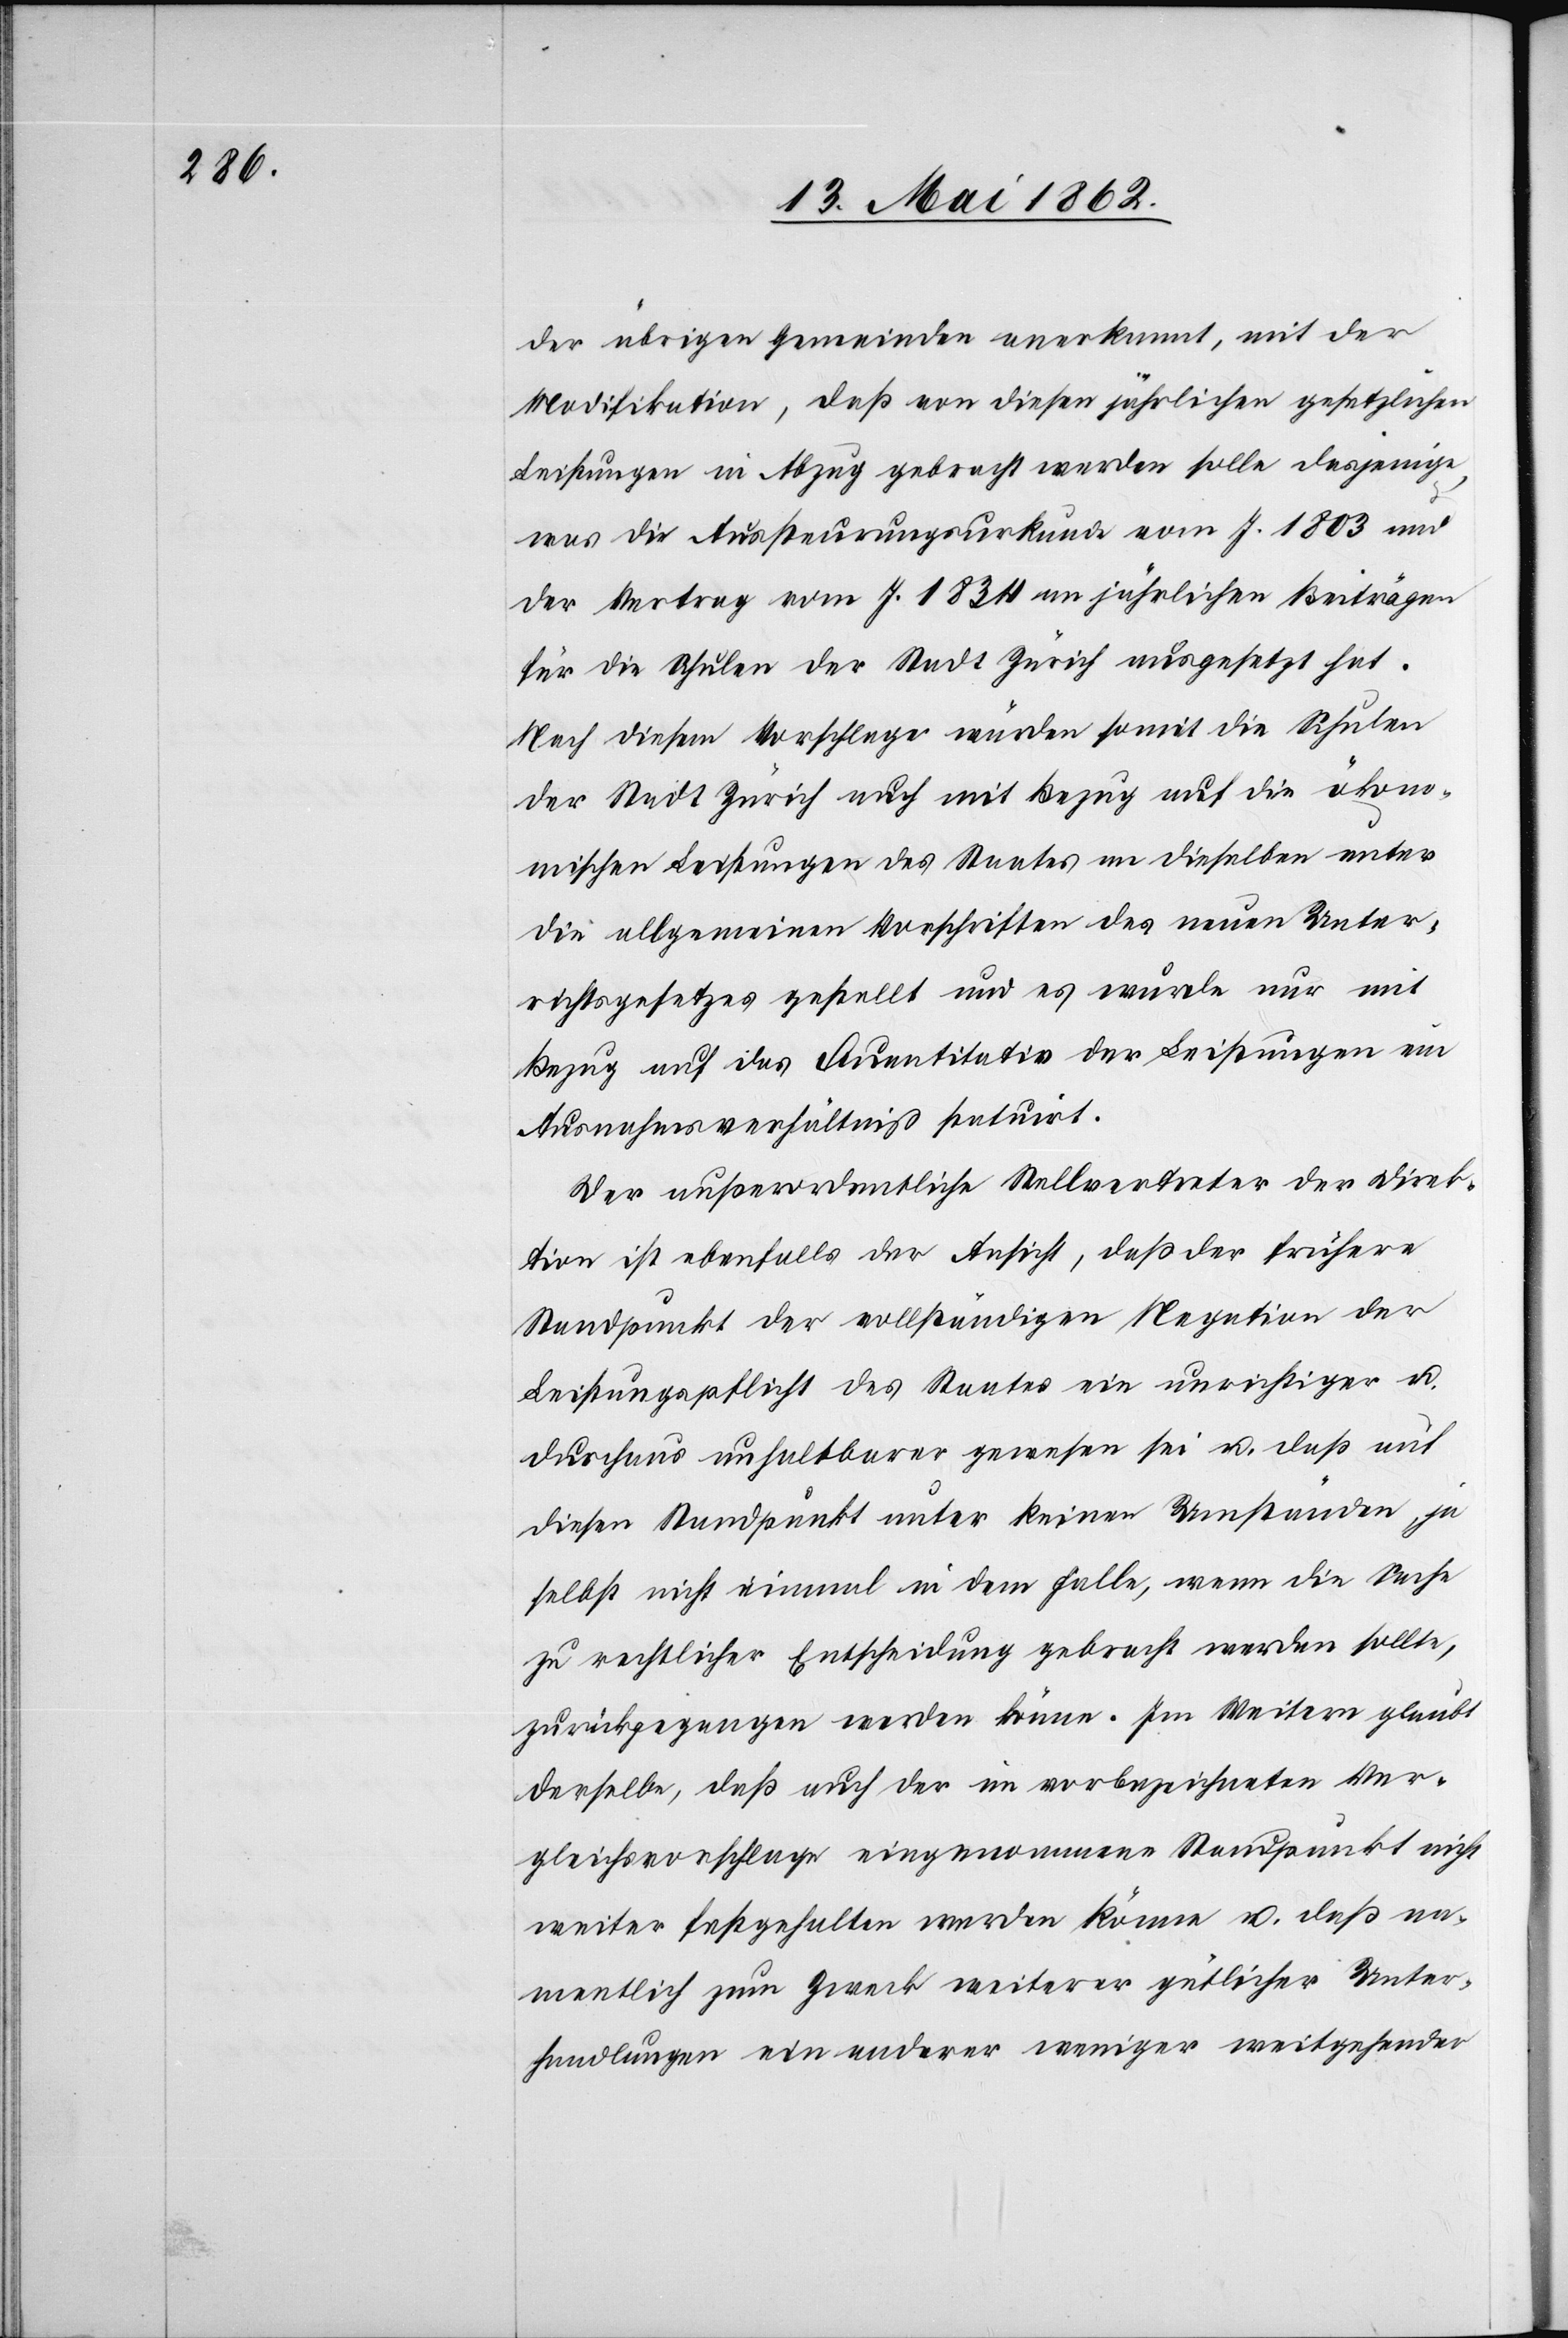
der übrigen Gemeinden anerkannt, mit der
Modifikation, daß von diesen jährlichen gesetzlichen
Leistungen in Abzug gebracht werden solle dasjenige
was die Aussteuerungsurkunde vom J. 1803 und
der Vertrag vom J. 1834 an jährlichen Beiträgen
für die Schulen der Stadt Zürich ausgesetzt hat.
Nach diesem Vorschlage würden somit die Schulen
der Stadt Zürich auch mit Bezug auf die ökono¬
mischen Leistungen des Staates an dieselben unter
die allgemeinen Vorschriften des neuen Unter¬
richtsgesetzes gestellt und es wurde nur mit
Bezug auf das Quantitativ der Leistungen im
Ausnahmsverhältniß statuirt.
Der außerordentliche Stellvertreter der Direk¬
tion ist ebenfalls der Ansicht, daß der frühere
Standpunkt der vollständigen Negation der
Leistungspflicht des Staates ein unrichtiger u.
durchaus unhaltbarer gewesen sei u. daß auf
diesen Standpunkt unter keinen Umständen, ja
selbst nicht einmal in dem Falle, wenn die Sache
zu rechtlicher Entscheidung gebracht werden sollte,
zurückgegangen werden könne. Im Weitern glaubt
derselbe, daß auch der im vorbezeichneten Ver¬
gleichvorschlage eingenommene Standpunkt nicht
weiter festgehalten werden könne u. daß na¬
mentlich zum Zweck weiterer gütlicher Unter¬
handlungen ein anderer weniger weitgehender